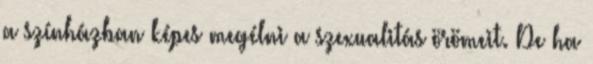
a színházban képes megélni a szexualitás örömeit. De ha